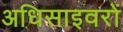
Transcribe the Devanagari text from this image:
अधिसाइवरों